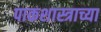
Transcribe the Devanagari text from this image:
पाकशास्त्राच्या